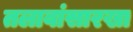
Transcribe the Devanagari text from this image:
तलावांसारखा